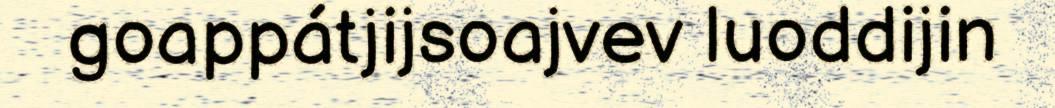
goappátjijsoajvev luoddijin